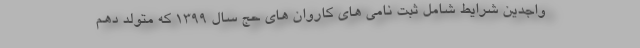
واجدین شرایط شامل ثبت نامی های کاروان های حج سال ۱۳۹۹ که متولد دهم